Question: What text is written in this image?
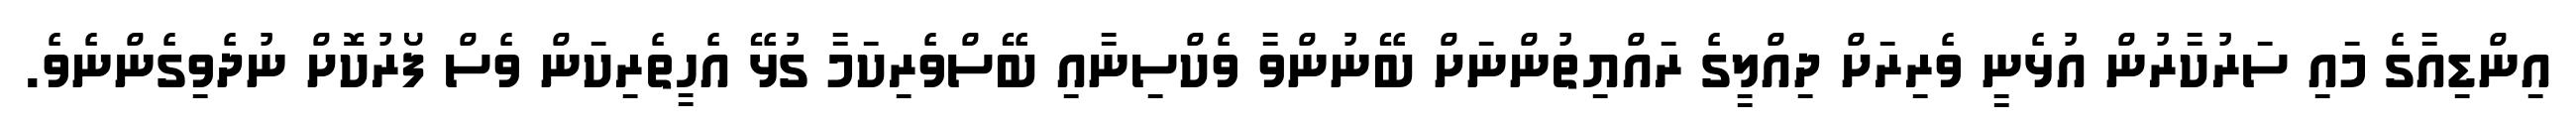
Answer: އިންޑިއާގެ މައި ސަރުކާރުން އުޅެނީ ވެރިރަށް ދިއްލީގެ ރައްޔިތުންނަށް ބޭނުންވާ ވެކްސިނާއި ބޭސްވެރިކަމާ ގުޅޭ އެހީތެރިކަން ވެސް ފޯރުކޮށް ނުދެވިގެންނެވެ.